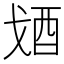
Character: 𨟶